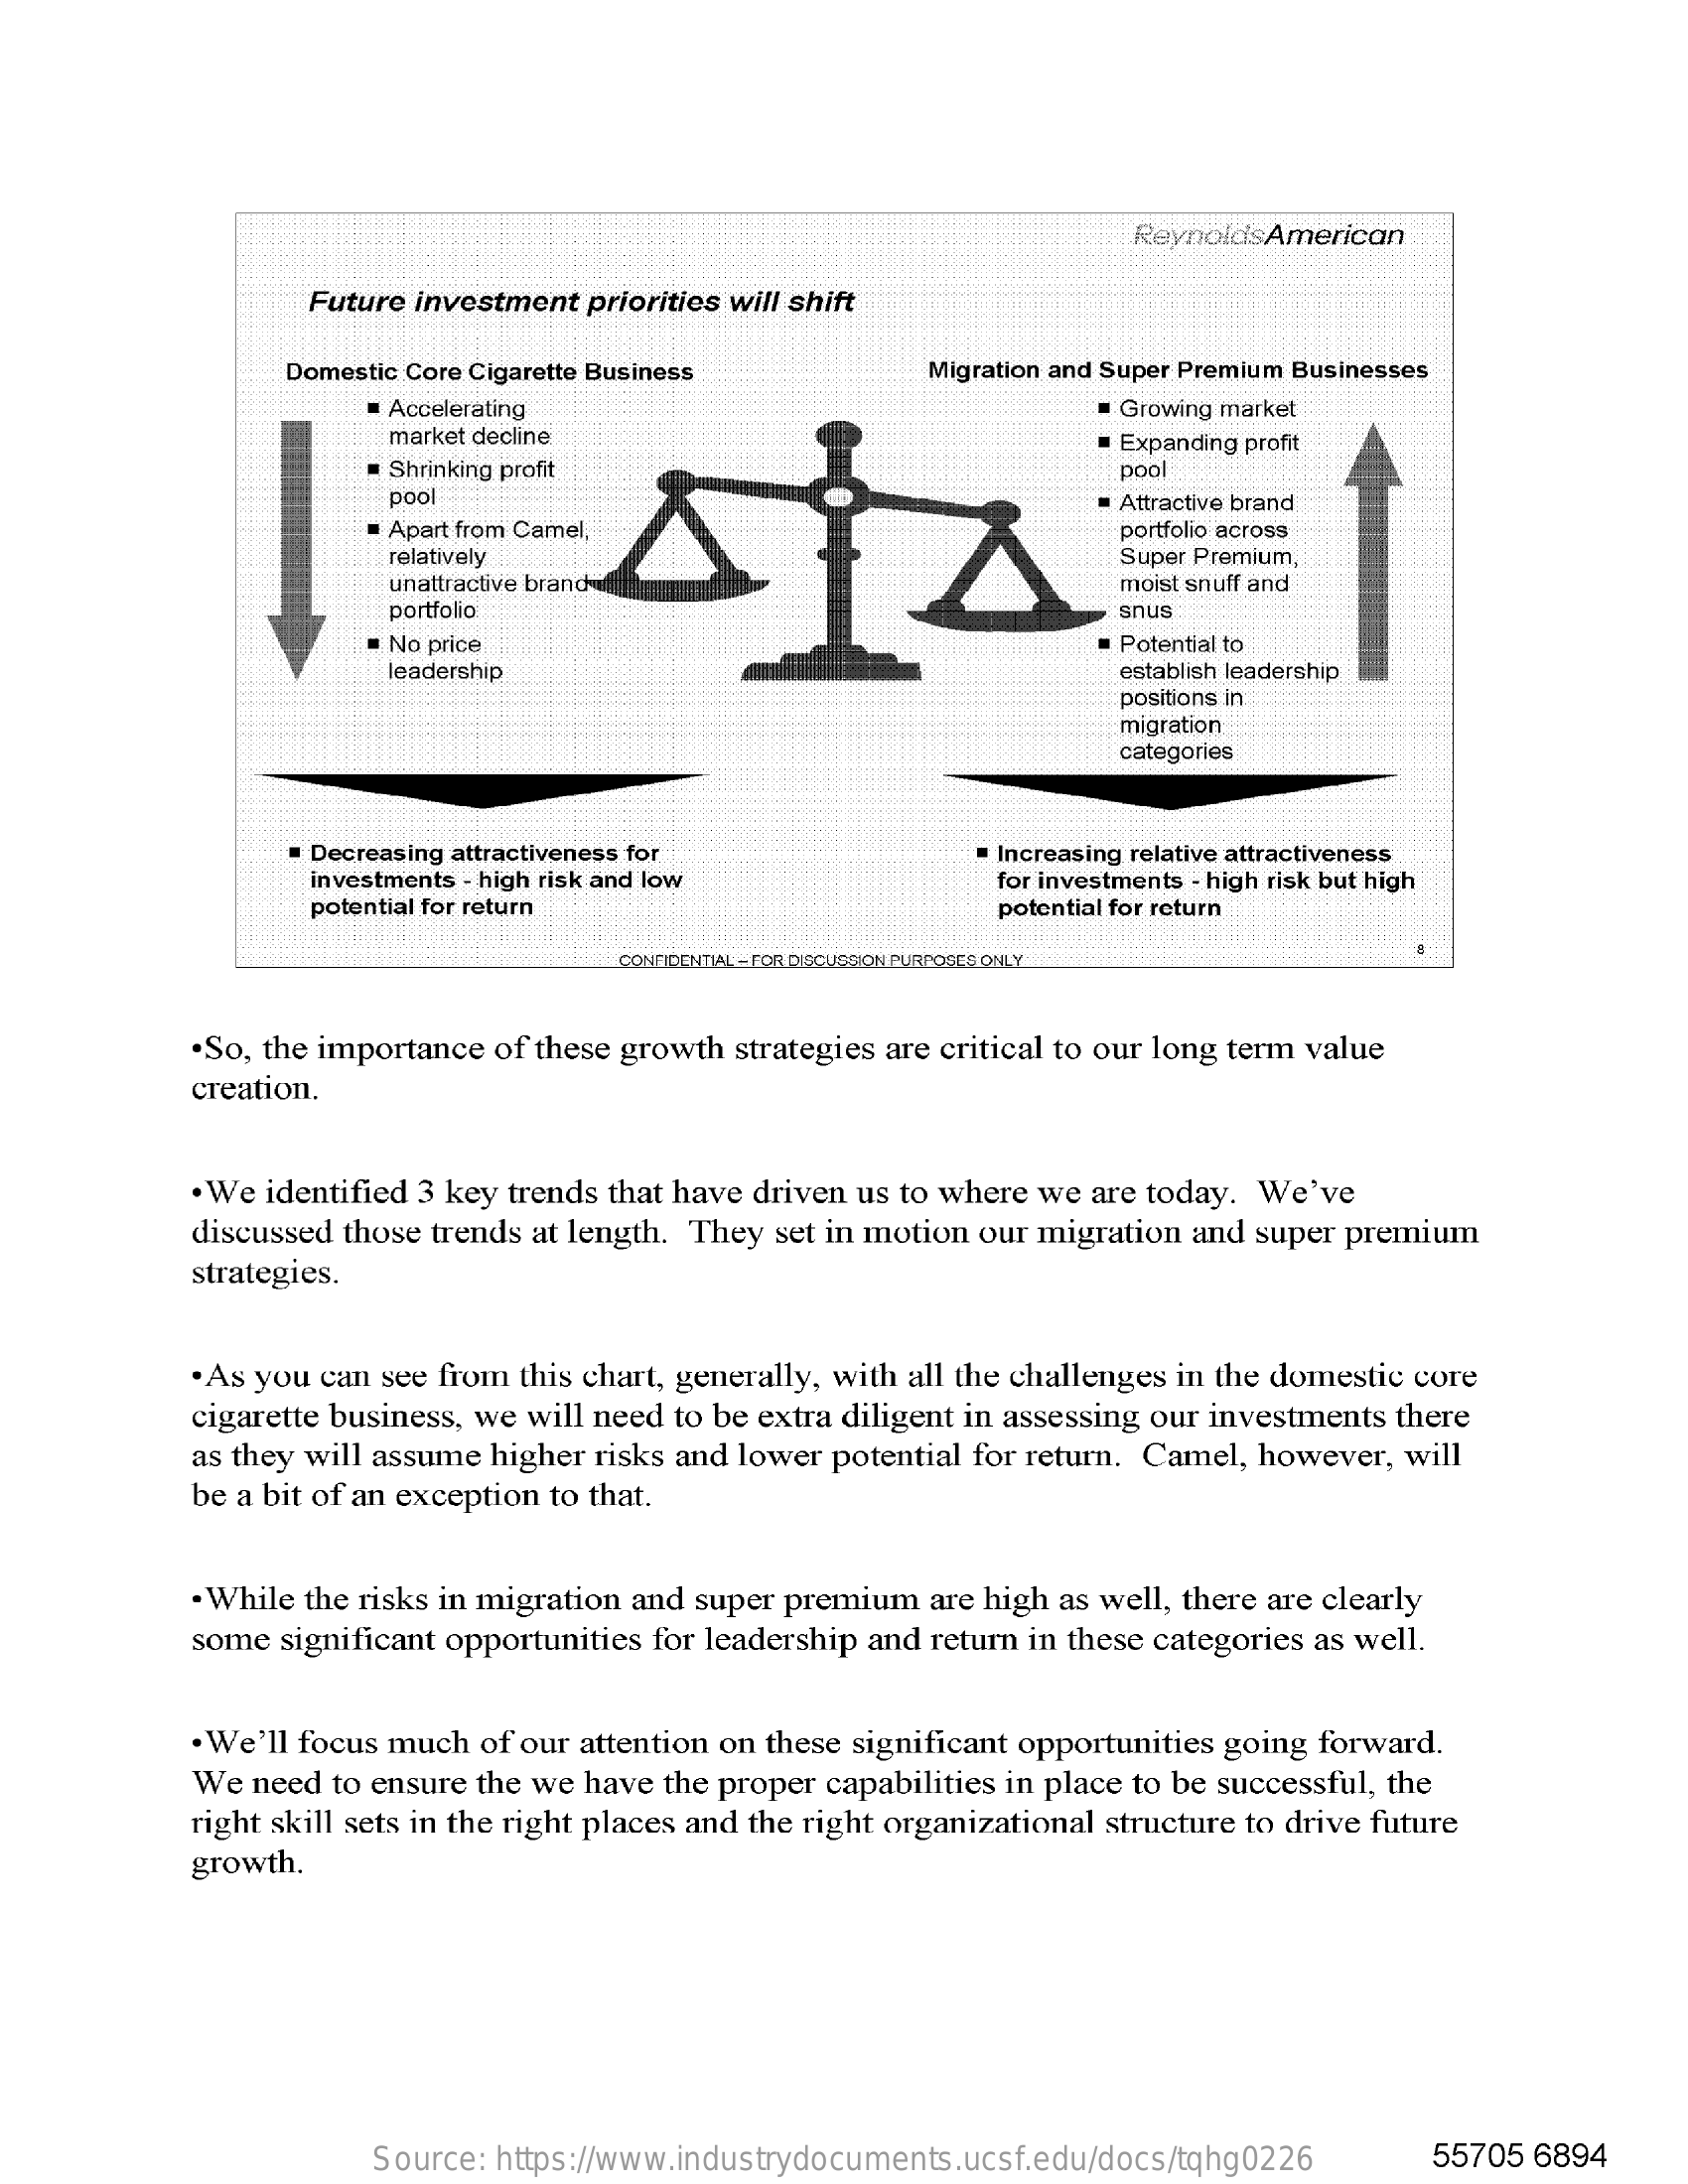
ReynoldsAmerican
     Future investment priorities will shift
     Domestic Core Cigarette Business    Migration and Super Premium Businesses
     · Accelerating    · Growing market
     market decline
     Shrinking profit
     Expanding profit
     pool
     pool
     Apart from Camel,
     Attractive brand
     portfolio across
     relatively
     unattractive brand
     Super Premium,
     moist snuff and
     portfolio    snus
     No price    Potential to
     leadership    establish leadership
     positions in
     migration
     categories
     Decreasing attractiveness for
     investments - high risk and low
     Increasing relative attractiveness
     for investments - high risk but high
     potential for return    potential for return
     CONFIDENTIAL - FOR DISCUSSION PURPOSES ONLY
     .So, the importance of these growth strategies are critical to our long term value
     creation.
     . We identified 3 key trends that have driven us to where we are today. We've
     discussed those trends at length. They set in motion our migration and super premium
     strategies.
     . As you can see from this chart, generally, with all the challenges in the domestic core
     cigarette business, we will need to be extra diligent in assessing our investments there
     as they will assume higher risks and lower potential for return. Camel, however, will
     be a bit of an exception to that.
     . While the risks in migration and super premium are high as well, there are clearly
     some significant opportunities for leadership and return in these categories as well.
     . We'll focus much of our attention on these significant opportunities going forward.
     We need to ensure the we have the proper capabilities in place to be successful, the
     right skill sets in the right places and the right organizational structure to drive future
     growth.
     Source: https://www.industrydocuments.ucsf.edu/docs/tqhg0226    55705 6894